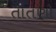
તાતણો